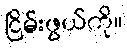
ငြိမ်းဖွယ်ကို။